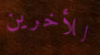
للأخرين